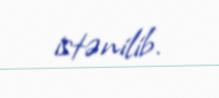
istənilib.